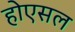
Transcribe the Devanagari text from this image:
होएसल